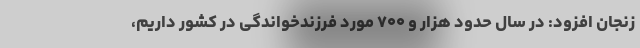
زنجان افزود: در سال حدود هزار و ۷۰۰ مورد فرزندخواندگی در کشور داریم،